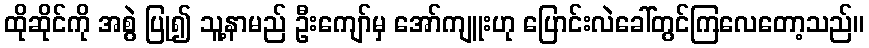
ထိုဆိုင်ကို အစွဲ ပြု၍ သူ့နာမည် ဦးကျော်မှ အော်ကျူးဟု ပြောင်းလဲခေါ်တွင်ကြလေတော့သည်။